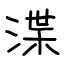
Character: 渫